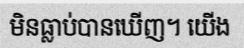
មិនធ្លាប់បានឃើញ។ យើង